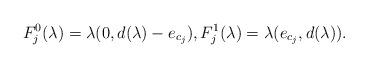
LaTeX: \begin{align*}F^0_j(\lambda) = \lambda(0, d(\lambda) - e_{c_j}), F^1_j(\lambda) = \lambda(e_{c_j}, d(\lambda)).\end{align*}